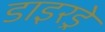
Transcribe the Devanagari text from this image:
डाइरड्रे